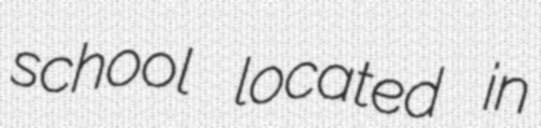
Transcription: school located in